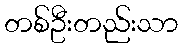
တစ်ဦးတည်းသာ